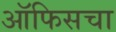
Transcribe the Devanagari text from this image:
ऑफिसचा